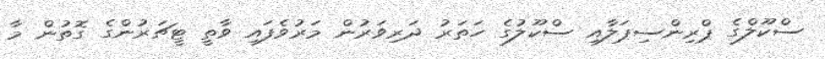
ސްކޫލްގެ ޕްރިންސިޕަލާއި ސްކޫލުގެ ހަތަރު ދަރިވަރުން މަރުވެފައި ވާތީ ޓީޗަރުންގެ ގޮތުން މާ